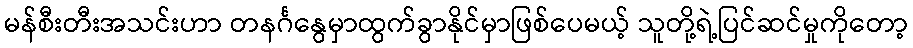
မန်စီးတီးအသင်းဟာ တနင်္ဂနွေမှာထွက်ခွာနိုင်မှာဖြစ်ပေမယ့် သူတို့ရဲ့ပြင်ဆင်မှုကိုတော့